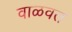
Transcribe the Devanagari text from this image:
वाळवत